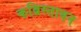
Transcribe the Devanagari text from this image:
कब्रिस्ताबन